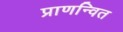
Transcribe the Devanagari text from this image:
प्राणन्वित